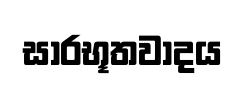
සාරභූතවාදය